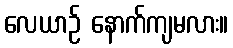
လေယာဉ် နောက်ကျမလား။